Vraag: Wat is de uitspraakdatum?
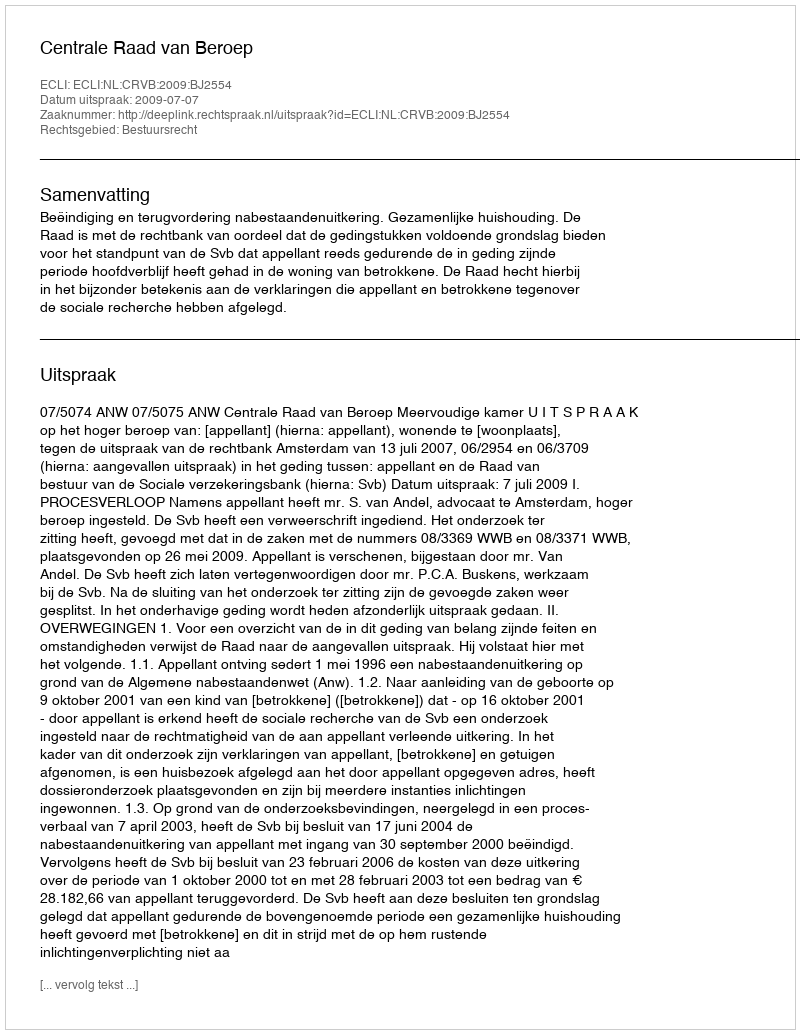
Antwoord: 2009-07-07